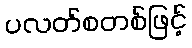
ပလတ်စတစ်ဖြင့်